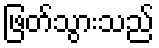
ဖြတ်သွားသည်